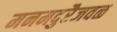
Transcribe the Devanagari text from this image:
मनमदुरैजवळ